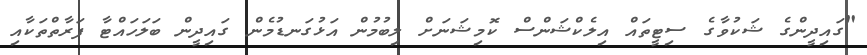
"ގައިދީންގެ ޝަކުވާގެ ސިޓީތައް އިލެކްޝަންސް ކޮމިޝަނަށް ލިބުމުން އަޅުގަނޑުމެން ގައިދީން ބަލަހައްޓާ ފަރާތްތަކާއި